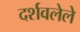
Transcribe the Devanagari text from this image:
दर्शवलेले